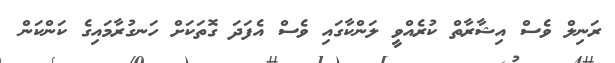
ރަނިލް ވެސް އިޝާރާތް ކުރެއްވީ ލަންކާގައި ވެސް އެފަދަ ގޮތަކަށް ހަނގުރާމައިގެ ކަންކަން